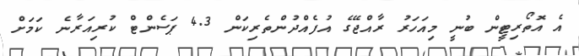
އެ އޮތޯރިޓީން ބުނީ މިއަހަރު ރާއްޖޭގެ އުފެއްދުންތެރިކަން 4.3 ޕަސެންޓް ކުރިއަރާނެ ކަމަށް